Vaccination in Burma 1920-1933 - 1920-1933
Year: 1920
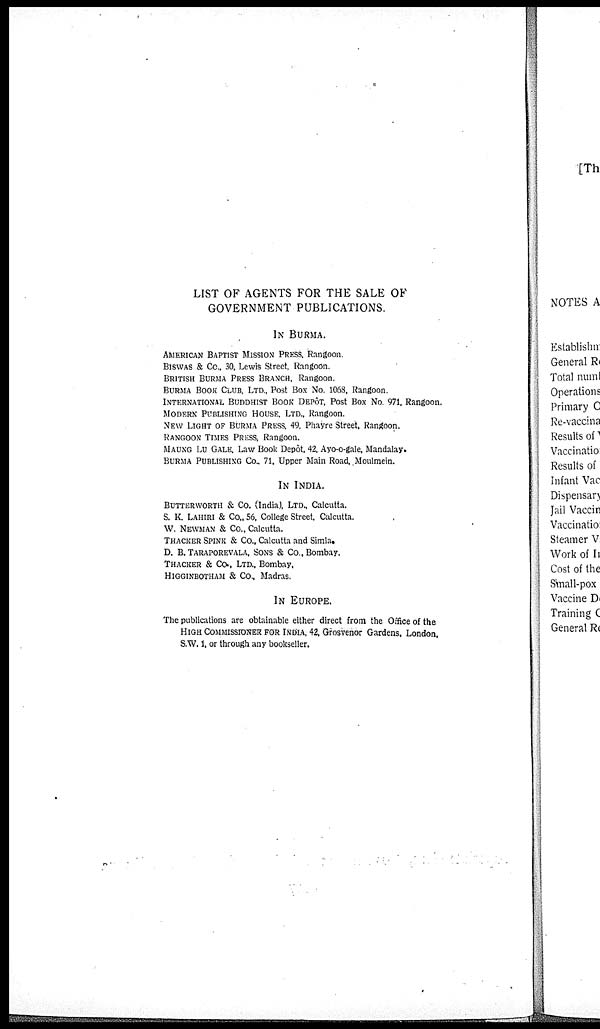
LIST OF AGENTS FOR THE SALE OF
GOVERNMENT PUBLICATIONS.
IN BURMA.
AMERICAN BAPTIST MISSION PRESS Rangoon.
BISWAS & Co., 30, Lewis Street, Rangoon.
BRITISH BURMA PRESS BRANCH, Rangoon.
BURMA BOOK CLUB, LTD., Post Box No. 1068, Rangoon.
INTERNATIONAL BUDDHIST BOOK DEPÔT. Post Box No. 971, Rangoon.
MODERN PUBLISHING HOUSE, LTD., Rangoon.
NEW LIGHT OF BURMA PRESS, 49, Phayre Street, Rangoon.
RANGOON TIMES PRESS Rangoon.
MAUNG LU GALE, Law Book Depôt, 42, Ayo-o-gale, Mandalay.
BURMA PUBLISHING Co, 71, Upper Main Road, Moulmein.
IN INDIA.
BUTTERWORTH & Co. (India), Ltd., Calcutta.
S. K. LAHIRI & Co., 56, College Street, Calcutta.
W. NEWMAN & Co., Calcutta.
THACKER SPINK & Co., Calcutta and Simla.
D. B. TARAPOREVALA, SONS & Co., Bombay.
THACKER & Co., LTD.. Bombay,
HIGGINBOTHAM & Co., Madras.
IN EUROPE.
The publications are obtainable either direct from the Office of the
HIGH COMMISSIONER FOR INDIA, 42, Grosvenor Gardens, London,
S.W. 1, or through any bookseller.